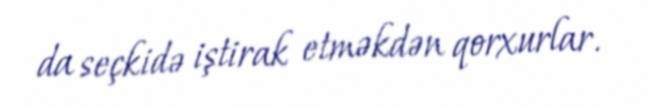
da seçkidə iştirak etməkdən qorxurlar.